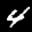
Label: 4